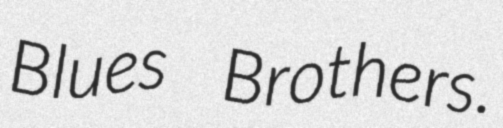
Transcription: Blues Brothers.